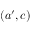
( a ^ { \prime } , c )